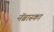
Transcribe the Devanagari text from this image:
नॅब्रास्का